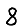
Digit: 8